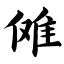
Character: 傩